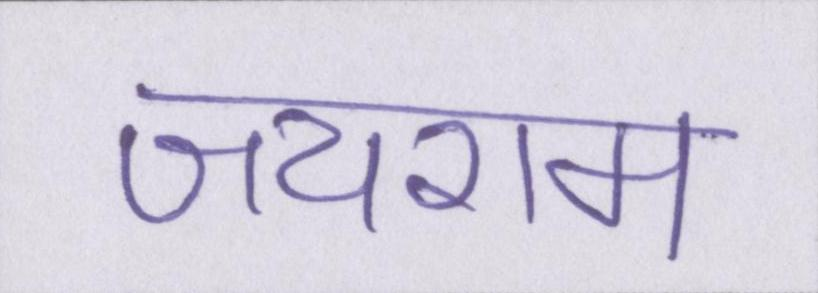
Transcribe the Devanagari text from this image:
जयराम